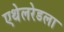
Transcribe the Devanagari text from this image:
एथेलरेडला